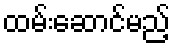
ထမ်းဆောင်မည့်